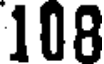
108